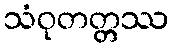
သံဝုတတ္တဿ